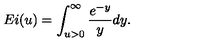
E i ( u ) = \int _ { u > 0 } ^ { \infty } \frac { e ^ { - y } } { y } d y .